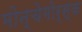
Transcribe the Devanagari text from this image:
मोन्चेगोर्स्क